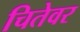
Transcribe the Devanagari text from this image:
चितेवर